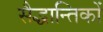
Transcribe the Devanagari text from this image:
सैद्धान्तिकों